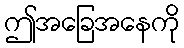
ဤအခြေအနေကို